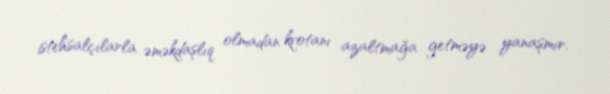
istehsalçılarla əməkdaşlıq olmadan kvotanı azaltmağa getməyə yanaşmır.